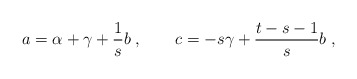
\begin{align*} a = \alpha +\gamma +{1\over s}b\;, \qquad c = -{s}\gamma + {t-s-1\over s}b\;,\end{align*}